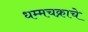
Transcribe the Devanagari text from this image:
धम्मचक्राचे